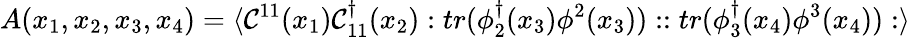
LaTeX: A(x_{1},x_{2},x_{3},x_{4})=\langle{\cal C}^{11}(x_{1}){\cal C}_{11}^{\dagger}(x_{2}):tr(\phi_{2}^{\dagger}(x_{3})\phi^{2}(x_{3}))::tr(\phi_{3}^{\dagger}(x_{4})\phi^{3}(x_{4})):\rangle